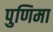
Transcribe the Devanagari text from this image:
पुणिमा